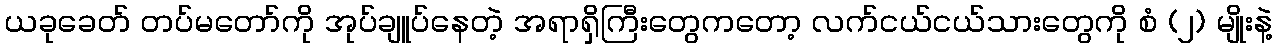
ယခုခေတ် တပ်မတော်ကို အုပ်ချူပ်နေတဲ့ အရာရှိကြီးတွေကတော့ လက်ငယ်ငယ်သားတွေကို စံ (၂) မျိုးနဲ့